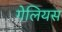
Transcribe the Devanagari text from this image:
गेलियस